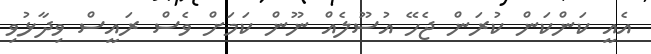
އެއީ ކަންކަން ކުރަން ޖެހޭ އުސޫލެއް ނޫން ކަމަށް ވެސް ރައީސް ވިދާޅުވި